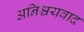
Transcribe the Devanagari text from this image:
अनिश्चयवाद